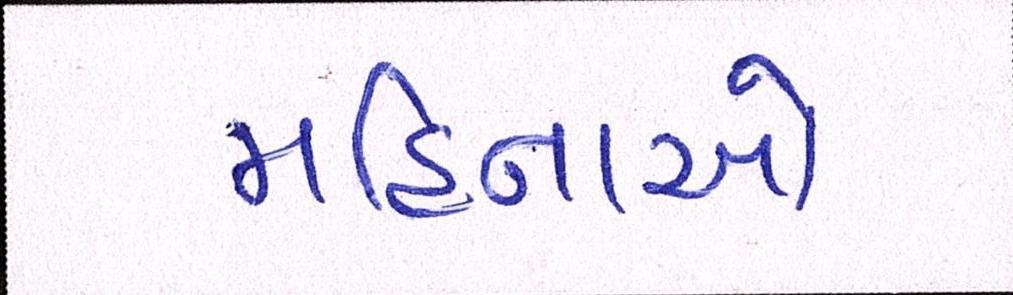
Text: મહિનાઓ